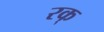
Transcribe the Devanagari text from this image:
रक्